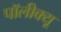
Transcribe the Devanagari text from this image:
पॉलीक्यू